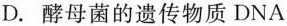
.酵母菌的遗传物质DNA